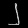
Digit: ၂